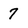
Character: 7